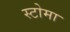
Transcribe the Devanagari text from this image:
स्टोमा